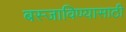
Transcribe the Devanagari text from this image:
बस्जाविण्यासाठी